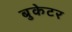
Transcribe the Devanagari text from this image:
बुकेटर